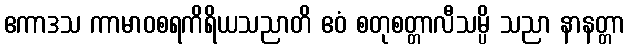
ဧကာဒသ ကာမာဝစရကိရိယသညာတိ ဧဝံ စတုစတ္တာလီသမ္ပိ သညာ နာနတ္တာ